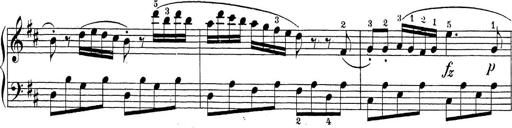
Title: Sonatina Album
Composer: Louis KÃ¶hler